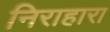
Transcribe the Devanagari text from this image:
निराहारा